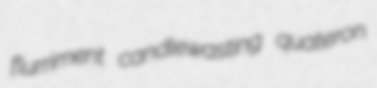
flurriment candlewasting quateron